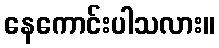
နေကောင်းပါသလား။